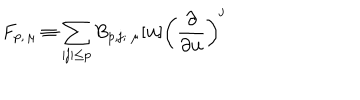
LaTeX: F _ { p , \, \mu } \equiv \sum _ { | \mathbf { j } | \le p } B _ { p , \mathbf { j } ; \ \mu } [ \mathbf { u } ] \left( \frac { \partial } { \partial \mathbf { u } } \right) ^ { \mathbf { j } }